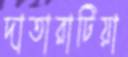
দাতারাটিয়া